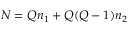
N = Q n _ { 1 } + Q ( Q - 1 ) n _ { 2 }